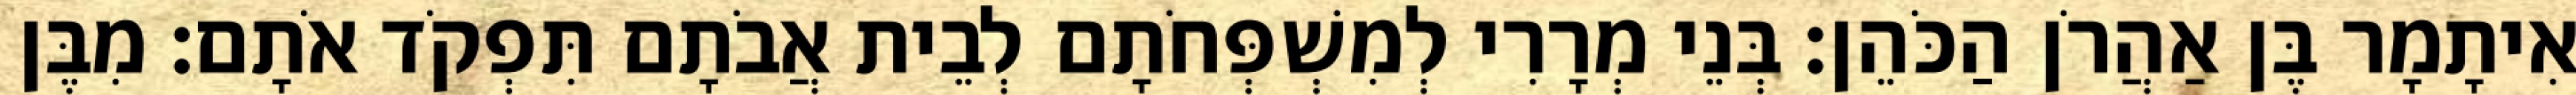
אִיתָמָר בֶּן אַהֲרֹן הַכֹּהֵן׃ בְּנֵי מְרָרִי לְמִשְׁפְּחֹתָם לְבֵית אֲבֹתָם תִּפְקֹד אֹתָם׃ מִבֶּן